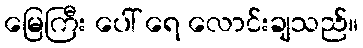
မြေကြီး ပေါ် ရေ လောင်းချသည်။